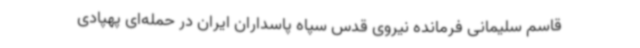
قاسم سلیمانی فرمانده نیروی قدس سپاه پاسداران ایران در حمله‌ای پهپادی